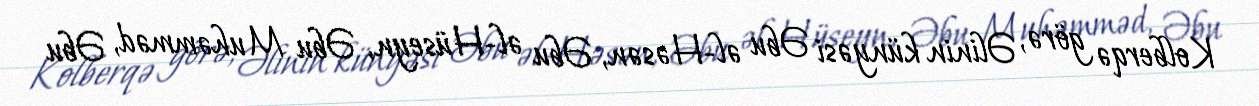
Kolberqə görə, Əlinin künyəsi Əbu əl-Həsən, Əbu əl-Hüseyn, Əbu Muhəmməd, Əbu